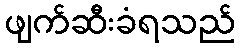
ဖျက်ဆီးခံရသည်